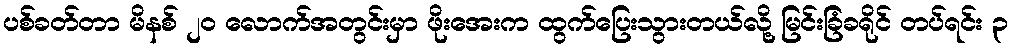
ပစ်ခတ်တာ မိနစ် ၂၀ လောက်အတွင်းမှာ ဖိုးအေးက ထွက်ပြေးသွားတယ်လို့ မြင်းခြံခရိုင် တပ်ရင်း ၃